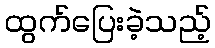
ထွက်ပြေးခဲ့သည့်